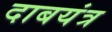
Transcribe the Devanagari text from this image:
दाबयंत्र